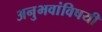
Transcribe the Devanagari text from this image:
अनुभवांविषयी